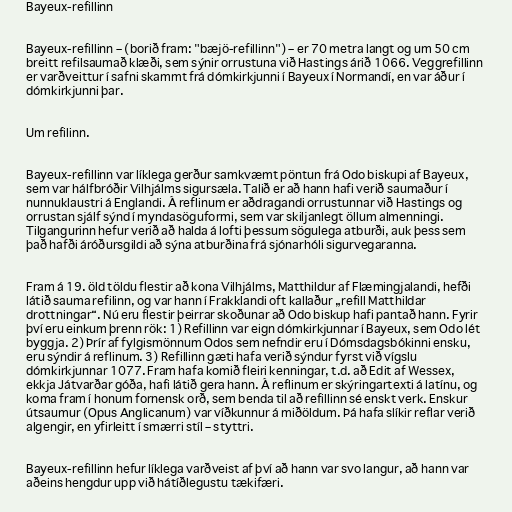
Bayeux-refillinn

Bayeux-refillinn – (borið fram: "bæjö-refillinn") – er 70 metra langt og um 50 cm
breitt refilsaumað klæði, sem sýnir orrustuna við Hastings árið 1066. Veggrefillinn
er varðveittur í safni skammt frá dómkirkjunni í Bayeux í Normandí, en var áður í
dómkirkjunni þar.

Um refilinn.

Bayeux-refillinn var líklega gerður samkvæmt pöntun frá Odo biskupi af Bayeux,
sem var hálfbróðir Vilhjálms sigursæla. Talið er að hann hafi verið saumaður í
nunnuklaustri á Englandi. Á reflinum er aðdragandi orrustunnar við Hastings og
orrustan sjálf sýnd í myndasöguformi, sem var skiljanlegt öllum almenningi.
Tilgangurinn hefur verið að halda á lofti þessum sögulega atburði, auk þess sem
það hafði áróðursgildi að sýna atburðina frá sjónarhóli sigurvegaranna.

Fram á 19. öld töldu flestir að kona Vilhjálms, Matthildur af Flæmingjalandi, hefði
látið sauma refilinn, og var hann í Frakklandi oft kallaður „refill Matthildar
drottningar“. Nú eru flestir þeirrar skoðunar að Odo biskup hafi pantað hann. Fyrir
því eru einkum þrenn rök: 1) Refillinn var eign dómkirkjunnar í Bayeux, sem Odo lét
byggja. 2) Þrír af fylgismönnum Odos sem nefndir eru í Dómsdagsbókinni ensku,
eru sýndir á reflinum. 3) Refillinn gæti hafa verið sýndur fyrst við vígslu
dómkirkjunnar 1077. Fram hafa komið fleiri kenningar, t.d. að Edit af Wessex,
ekkja Játvarðar góða, hafi látið gera hann. Á reflinum er skýringartexti á latínu, og
koma fram í honum fornensk orð, sem benda til að refillinn sé enskt verk. Enskur
útsaumur (Opus Anglicanum) var víðkunnur á miðöldum. Þá hafa slíkir reflar verið
algengir, en yfirleitt í smærri stíl – styttri.

Bayeux-refillinn hefur líklega varðveist af því að hann var svo langur, að hann var
aðeins hengdur upp við hátíðlegustu tækifæri.